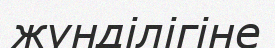
жүнділігіне